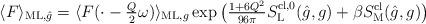
LaTeX: \begin{align*}\langle F\rangle_{{\rm ML}, \hat g}= \langle F(\cdot-\tfrac{Q}{2}\omega)\rangle_{{\rm ML},g}\exp\big( \tfrac{1+6Q^2}{96\pi}S_{\rm L}^{{\rm cl},0}(\hat g,g)+\beta S^{{\rm cl}}_{\rm M}(\hat g, g)\big)\end{align*}